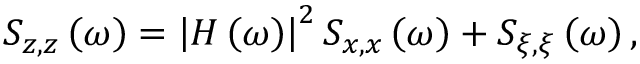
S _ { z , z } \left( \omega \right) = \left| H \left( \omega \right) \right| ^ { 2 } S _ { x , x } \left( \omega \right) + S _ { \xi , \xi } \left( \omega \right) ,